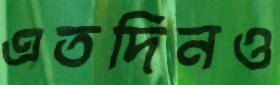
এতদিনও